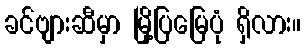
ခင်ဗျားဆီမှာ မြို့ပြမြေပုံ ရှိလား။